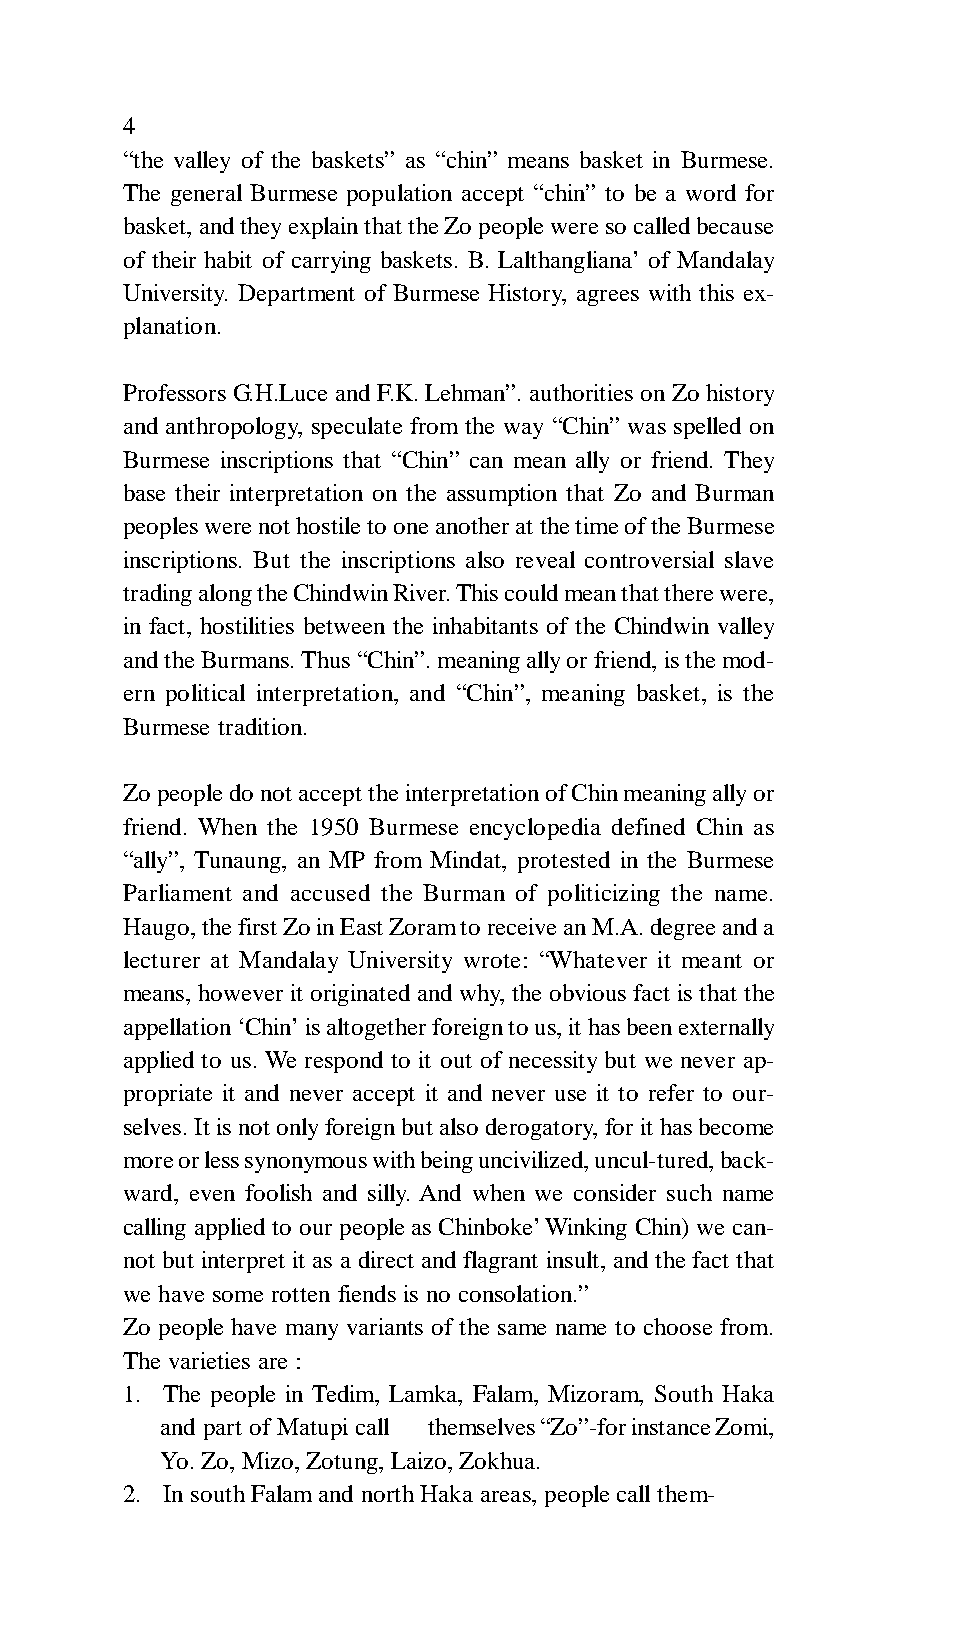
4
 “the valley of the baskets” as “chin” means basket in Burmese.
 The general Burmese population accept “chin” to be a word for
 basket, and they explain that the Zo people were so called because
 of their habit of carrying baskets. B. Lalthangliana’ of Mandalay
 University. Department of Burmese History, agrees with this ex-
 planation.
 Professors G.H.Luce and F.K. Lehman”. authorities on Zo history
 and anthropology, speculate from the way “Chin” was spelled on
 Burmese inscriptions that “Chin” can mean ally or friend. They
 base their interpretation on the assumption that Zo and Burman
 peoples were not hostile to one another at the time of the Burmese
 inscriptions. But the inscriptions also reveal controversial slave
 trading along the Chindwin River. This could mean that there were,
 in fact, hostilities between the inhabitants of the Chindwin valley
 and the Burmans. Thus “Chin”. meaning ally or friend, is the mod-
 ern political interpretation, and “Chin”, meaning basket, is the
 Burmese tradition.
 Zo people do not accept the interpretation of Chin meaning ally or
 friend. When the 1950 Burmese encyclopedia defined Chin as
 “ally”, Tunaung, an MP from Mindat, protested in the Burmese
 Parliament and accused the Burman of politicizing the name.
 Haugo, the first Zo in East Zoram to receive an M.A. degree and a
 lecturer at Mandalay University wrote: “Whatever it meant or
 means, however it originated and why, the obvious fact is that the
 appellation ‘Chin’ is altogether foreign to us, it has been externally
 applied to us. We respond to it out of necessity but we never ap-
 propriate it and never accept it and never use it to refer to our-
 selves. It is not only foreign but also derogatory, for it has become
 more or less synonymous with being uncivilized, uncul-tured, back-
 ward, even foolish and silly. And when we consider such name
 calling applied to our people as Chinboke’ Winking Chin) we can-
 not but interpret it as a direct and flagrant insult, and the fact that
 we have some rotten fiends is no consolation.”
 Zo people have many variants of the same name to choose from.
 The varieties are :
 1. The people in Tedim, Lamka, Falam, Mizoram, South Haka
 and part of Matupi call themselves “Zo”-for instance Zomi,
 Yo. Zo, Mizo, Zotung, Laizo, Zokhua.
 2. In south Falam and north Haka areas, people call them-